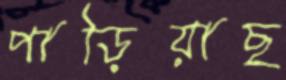
পাড়িয়াছ